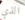
الذي